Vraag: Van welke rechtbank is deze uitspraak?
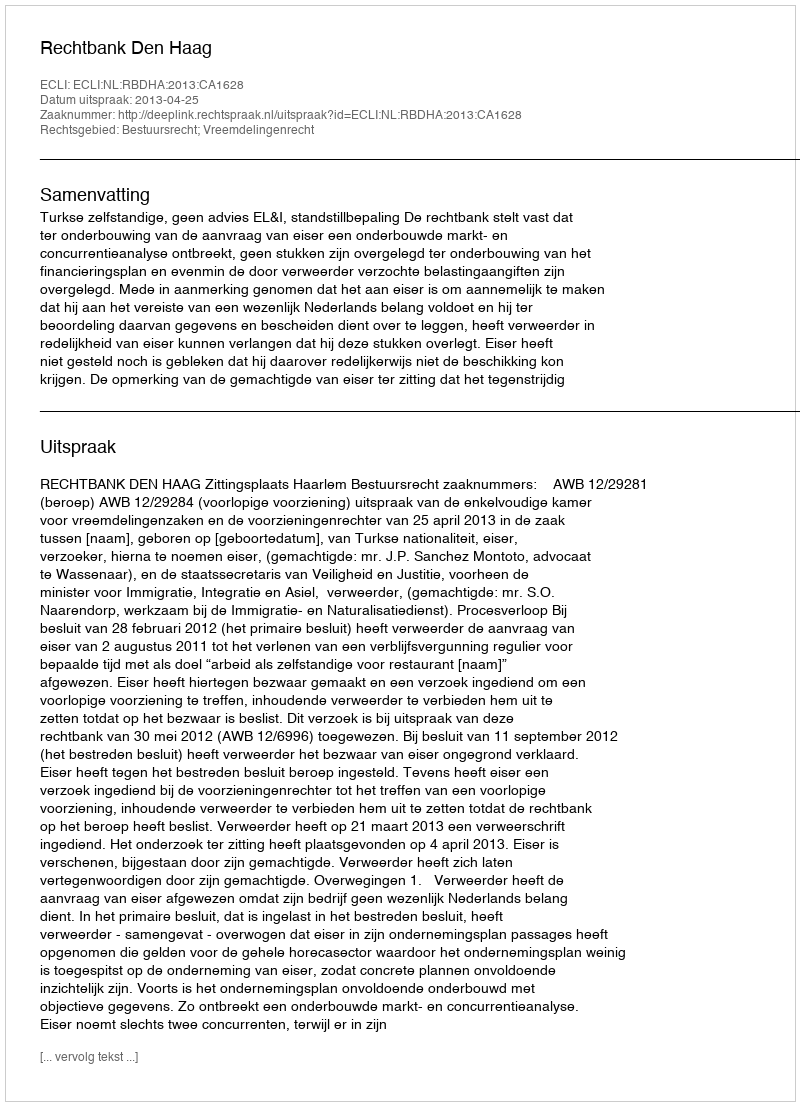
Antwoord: Rechtbank Den Haag